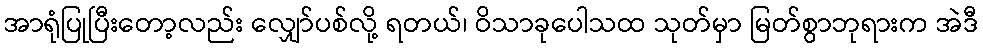
အာရုံပြုပြီးတော့လည်း လျှော်ပစ်လို့ ရတယ်၊ ဝိသာခုပေါသထ သုတ်မှာ မြတ်စွာဘုရားက အဲဒီ